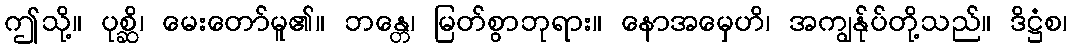
ဤသို့။ ပုစ္ဆိ၊ မေးတော်မူ၏။ ဘန္တေ၊ မြတ်စွာဘုရား။ နောအမှေဟိ၊ အကျွန်ုပ်တို့သည်။ ဒိဋ္ဌံစ၊